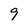
Character: 9